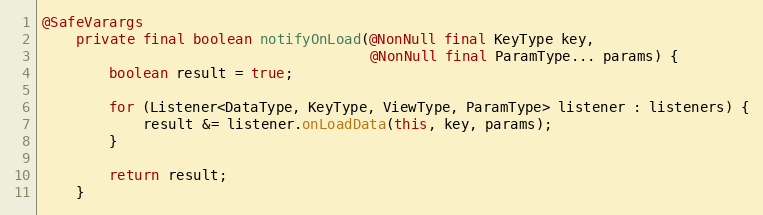
Language: Java
@SafeVarargs
    private final boolean notifyOnLoad(@NonNull final KeyType key,
                                       @NonNull final ParamType... params) {
        boolean result = true;

        for (Listener<DataType, KeyType, ViewType, ParamType> listener : listeners) {
            result &= listener.onLoadData(this, key, params);
        }

        return result;
    }